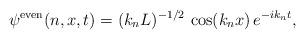
LaTeX: \begin{align*}\psi^{\rm even}(n,x,t) = (k_n L)^{-1/2} \, \cos(k_n x) \, e^{-i k_n t},\end{align*}